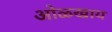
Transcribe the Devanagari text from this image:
ओळखाय